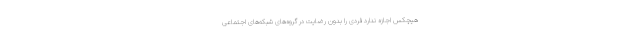
هیچکس اجازه ندارد فردی را بدون رضایت در گروه‌های شبکه‌های اجتماعی